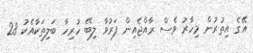
އޭގެ އިތުރުން މިހާރު ވެސް ރާއްޖެއިން ފަރުވާ ލިބޭ ހުރިހާ ބަލިތަކާއެކު 28